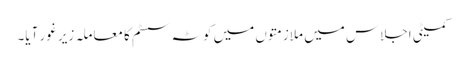
کمیٹی اجلاس میں ملازمتوں میں کوٹہ سسٹم کا معاملہ زیر غور آیا۔